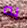
به